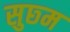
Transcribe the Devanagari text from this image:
सुछ्म